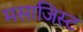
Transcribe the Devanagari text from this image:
मसाजिस्ट